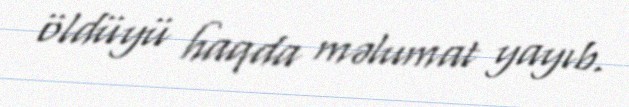
öldüyü haqda məlumat yayıb.